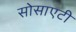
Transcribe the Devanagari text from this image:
सोसाएटी